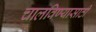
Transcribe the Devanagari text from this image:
चालविण्‍यासाठी